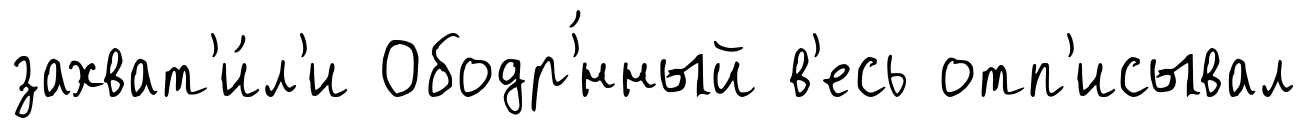
захват'и́л'и Ободр'́нный в'есь отп'исывал